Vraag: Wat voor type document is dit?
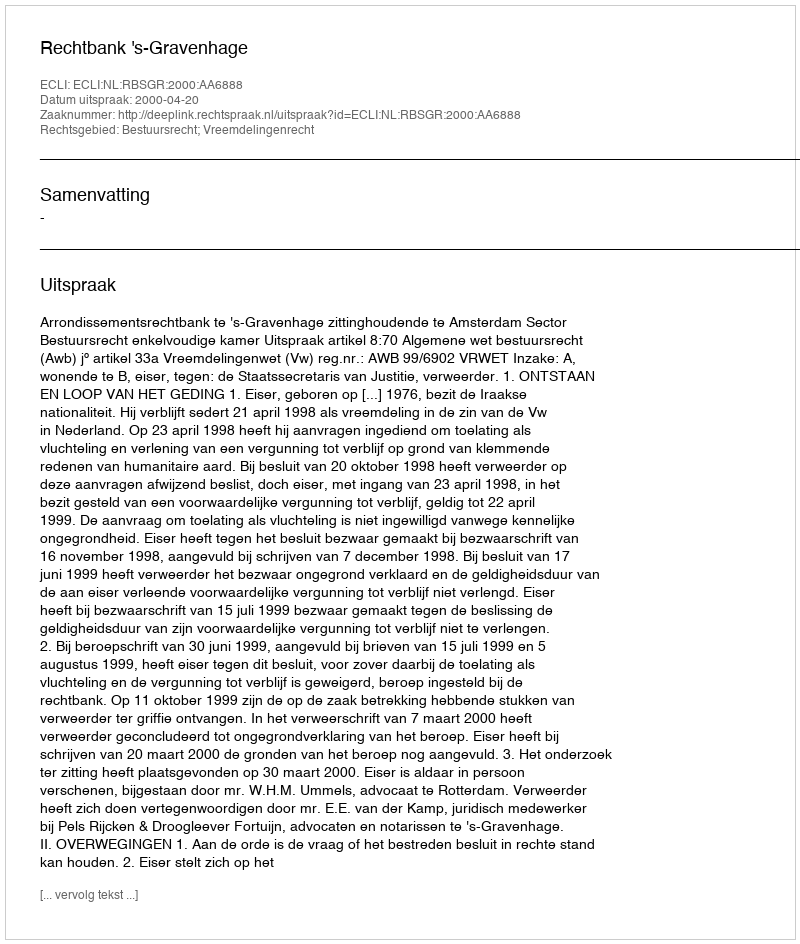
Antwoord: Uitspraak